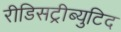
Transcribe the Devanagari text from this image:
रीडिसट्रीब्युटिद